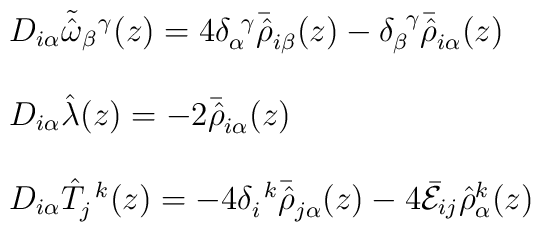
\begin{array}{l}D_{i\alpha}\tilde{\hat{\omega}}_{\beta}{}^{\gamma}(z)=4\delta_{\alpha}^{~\gamma}\bar{\hat{\rho}}_{i\beta}(z)-\delta_{\beta}^{~\gamma}\bar{\hat{\rho}}_{i\alpha}(z)\\{}\\D_{i\alpha}\hat{\lambda}(z)=-2\bar{\hat{\rho}}_{i\alpha}(z)\\{}\\D_{i\alpha}\hat{T}_{j}^{~k}(z)=-4\delta_{i}^{~k}\bar{\hat{\rho}}_{j\alpha}(z)-4\bar{\cal E}_{ij}\hat{\rho}{}^{k}_{\alpha}(z)\end{array}